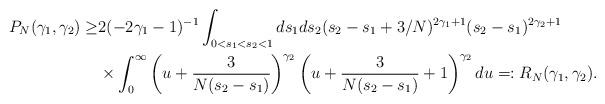
LaTeX: \begin{align*}P_N(\gamma_1,\gamma_2)\ge & 2 (-2\gamma_1-1)^{-1} \int_{0<s_1<s_2<1}ds_1ds_2 (s_2-s_1+3/N)^{2\gamma_1+1}(s_2-s_1)^{2\gamma_2+1} \\& \times \int_0^\infty \left(u+\frac{3}{N(s_2-s_1)}\right)^{\gamma_2}\left(u+\frac{3}{N(s_2-s_1)}+1\right)^{\gamma_2} du=:R_N(\gamma_1,\gamma_2).\end{align*}